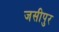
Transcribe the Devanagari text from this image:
जसीपुर